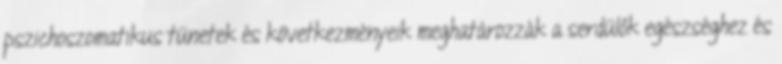
pszichoszomatikus tünetek és következményeik meghatározzák a serdülők egészséghez és